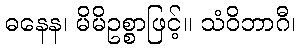
ဓနေန၊ မိမိဥစ္စာဖြင့်။ သံဝိဘာဂီ၊